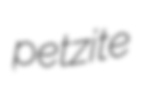
petzite